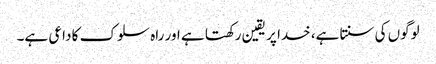
لوگوں کی سنتا ہے، خدا پر یقین رکھتا ہے اور راہ سلوک کا داعی ہے۔